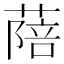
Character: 䔒